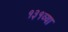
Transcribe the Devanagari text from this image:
१३१व्या